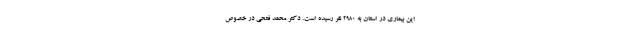
این بیماری در استان به ۲۹۸۰ نفر رسیده است. دکتر محمد فتحی در خصوص